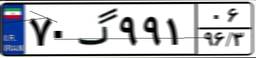
۴۹گ۲۹۴۱۱